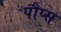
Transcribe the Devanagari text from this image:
पौप्स